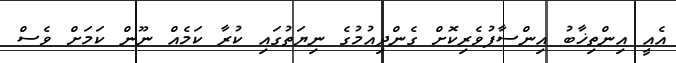
އެއީ އިންތިޚާބު އިންސާފުވެރިކޮށް ގެންދިއުމުގެ ނިޔަތުގައި ކުރާ ކަމެއް ނޫން ކަމަށް ވެސް